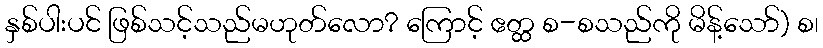
နှစ်ပါးပင် ဖြစ်သင့်သည်မဟုတ်လော? ကြောင့် ဧတ္ထ စ-စသည်ကို မိန့်သော်) စ၊